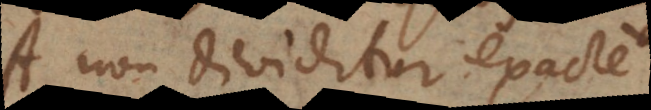
A non dividitur exacte